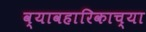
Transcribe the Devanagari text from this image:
व्यावहारिकाच्या